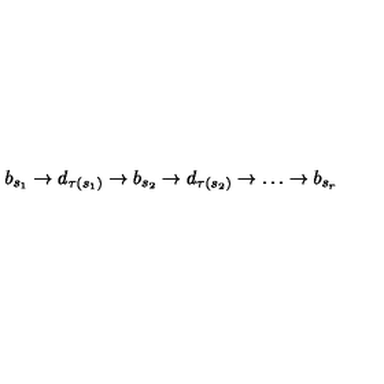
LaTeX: b _ { s _ { 1 } } \rightarrow d _ { \tau ( s _ { 1 } ) } \rightarrow b _ { s _ { 2 } } \rightarrow d _ { \tau ( s _ { 2 } ) } \rightarrow \dots \rightarrow b _ { s _ { r } }